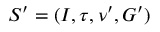
S ^ { \prime } = ( I , \tau , \nu ^ { \prime } , G ^ { \prime } )